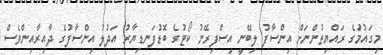
މިގައުމަުގެ ރައްޔިތުންނަށް އިންސާފު ލިބޭނީ އިސްފިރޭނު ކޯޓުގެ ބޮޑުފަނޑިޔާރު އަދުލު އިންސާފުގެ ދާއިރާއިންވެސް